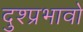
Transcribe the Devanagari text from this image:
दुश्प्रभावो